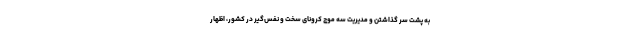
به پشت سر گذاشتن و مدیریت سه موج کرونای سخت و نفس‌گیر در کشور، اظهار